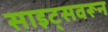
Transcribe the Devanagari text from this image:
साइट्सवरून